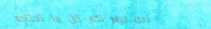
نحن نوفر لكم كل ما تحتاجه